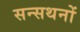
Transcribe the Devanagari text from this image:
सन्सथनों